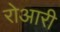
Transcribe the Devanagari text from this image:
रोआरी